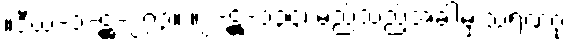
။ဒီဃ-၁-ဋ္ဌ-၂၇၃။ ။၂-ဋ္ဌ-၁၃၄၊ မည်သည့်အခါမှ သရဏဂုံ